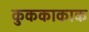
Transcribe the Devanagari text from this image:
कुककाकाक